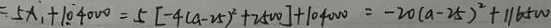
5 x _ { 1 } + 1 0 \dot { 4 } 0 0 0 = 5 [ - 4 ( a - 2 5 ) ^ { 2 } + 2 5 0 0 ] + 1 0 4 0 0 0 = - 2 0 ( a - 2 5 ) ^ { 2 } + 1 1 6 5 W